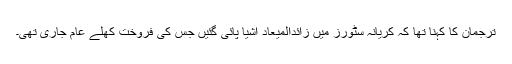
ترجمان کا کہنا تھا کہ کریانہ سٹورز میں زائدالمیعاد اشیا پائی گئیں جس کی فروخت کھلے عام جاری تھی۔